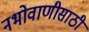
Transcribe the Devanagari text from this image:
नभोवाणीसाठी